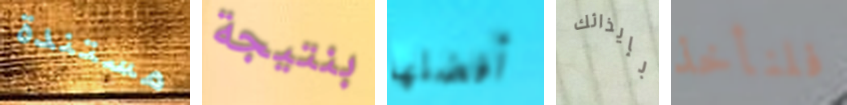
مستندة بنتيجة أفضلها بإيذائك فلنأخذ